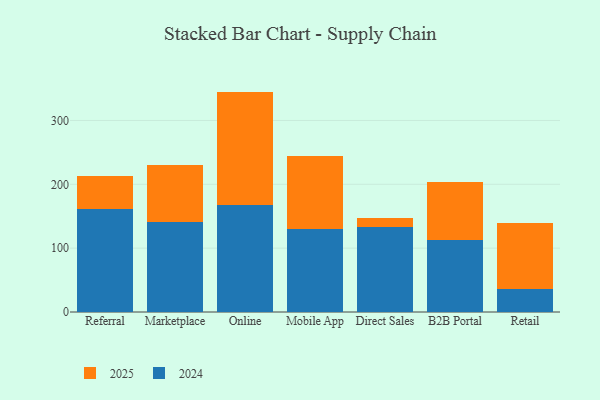
{"axis": {"x": "Channel", "y": "Headcount"}, "legend": ["2024", "2025"], "data": [{"x": "Referral", "y": 160.8, "type": "2024"}, {"x": "Referral", "y": 52.2, "type": "2025"}, {"x": "Marketplace", "y": 141.7, "type": "2024"}, {"x": "Marketplace", "y": 89.2, "type": "2025"}, {"x": "Online", "y": 168.0, "type": "2024"}, {"x": "Online", "y": 177.2, "type": "2025"}, {"x": "Mobile App", "y": 129.7, "type": "2024"}, {"x": "Mobile App", "y": 113.9, "type": "2025"}, {"x": "Direct Sales", "y": 133.7, "type": "2024"}, {"x": "Direct Sales", "y": 13.7, "type": "2025"}, {"x": "B2B Portal", "y": 112.5, "type": "2024"}, {"x": "B2B Portal", "y": 91.6, "type": "2025"}, {"x": "Retail", "y": 35.8, "type": "2024"}, {"x": "Retail", "y": 104.3, "type": "2025"}]}